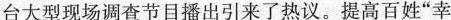
台大型现场调查节目播出引来了热议。提高百姓”幸